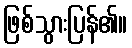
ဖြစ်သွားပြန်၏။